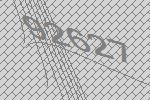
92627